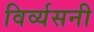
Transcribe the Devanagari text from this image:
विर्व्यसनी